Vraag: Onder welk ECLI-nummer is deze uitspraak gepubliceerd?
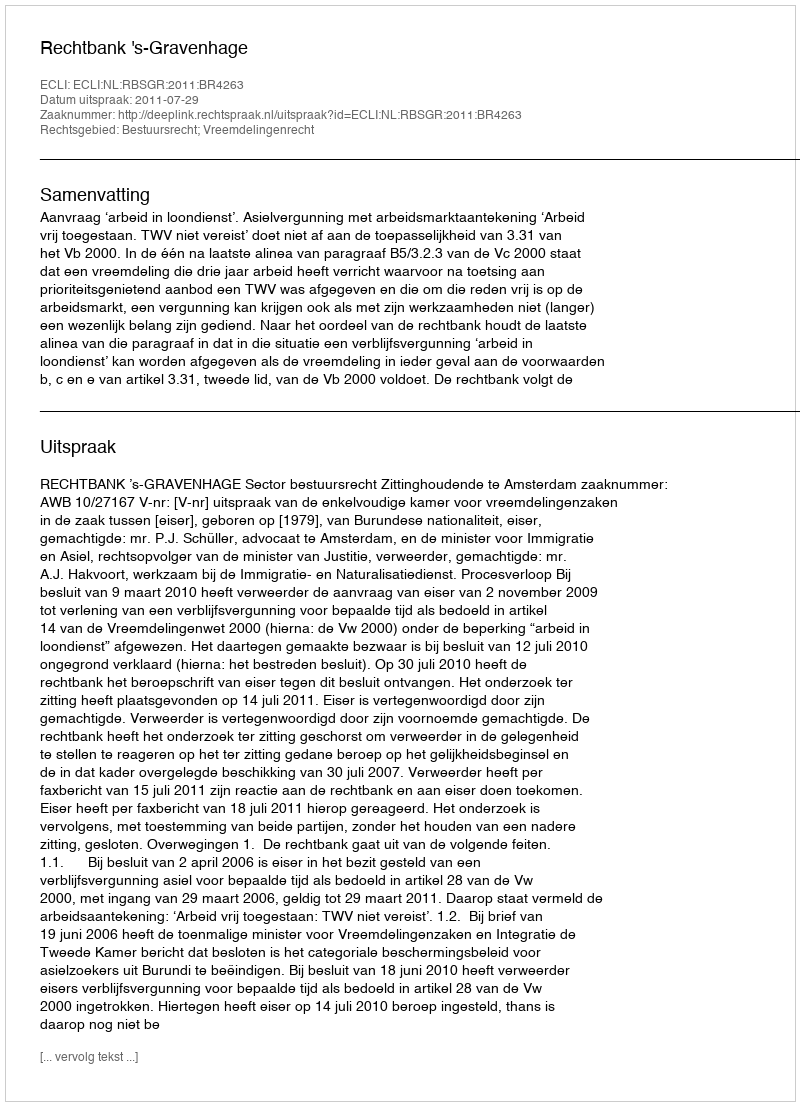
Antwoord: ECLI:NL:RBSGR:2011:BR4263